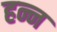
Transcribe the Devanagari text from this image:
हन्न